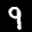
Label: 9